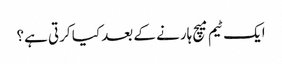
ایک ٹیم میچ ہارنے کے بعد کیا کرتی ہے؟